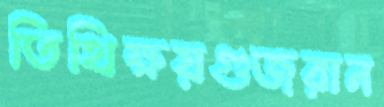
তিথিক্ষয়গুজরান